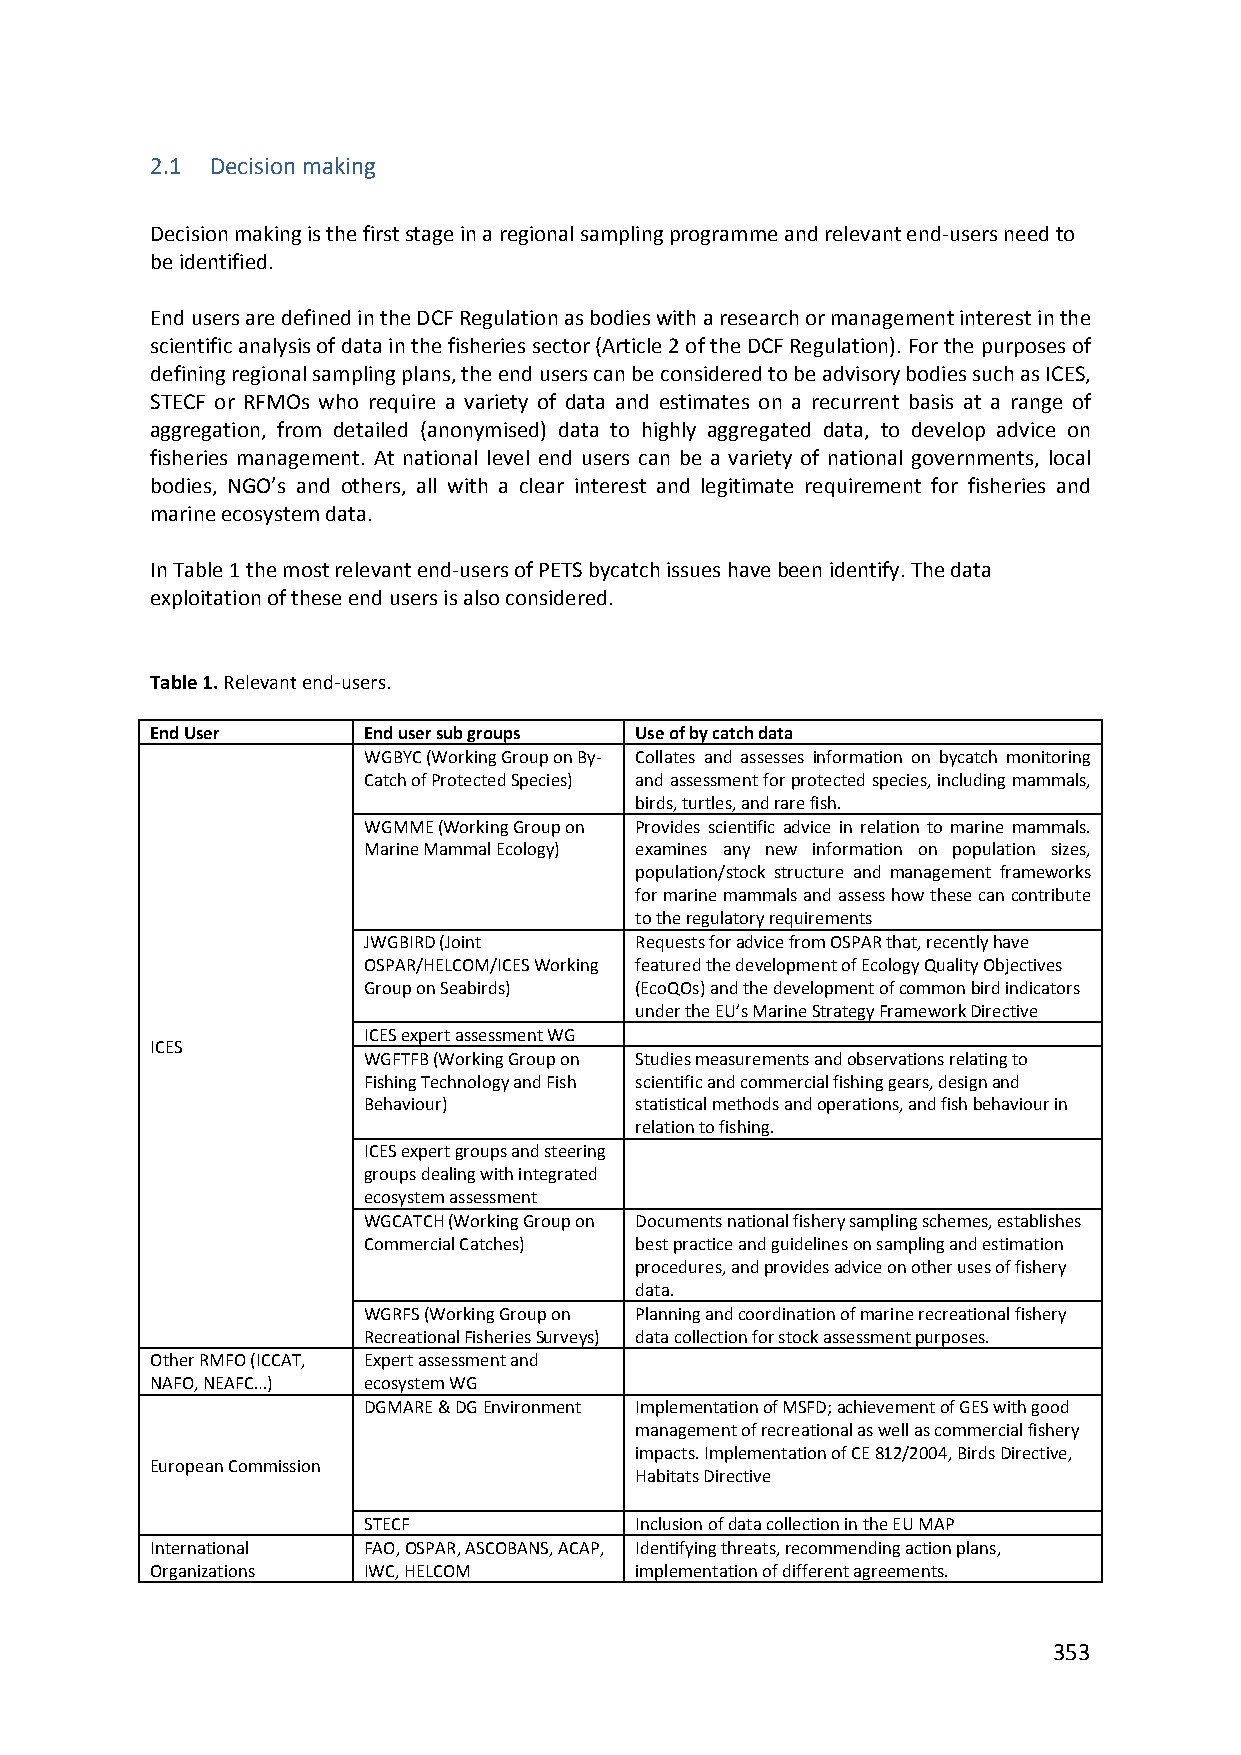
2.1 Decision making
 Decision making is the first stage in a regional sampling programme and relevant end‐users need to
 be identified.
 End users are defined in the DCF Regulation as bodies with a research or management interest in the
 scientific analysis of data in the fisheries sector (Article 2 of the DCF Regulation). For the purposes of
 defining regional sampling plans, the end users can be considered to be advisory bodies such as ICES,
 STECF or RFMOs who require a variety of data and estimates on a recurrent basis at a range of
 aggregation, from detailed (anonymised) data to highly aggregated data, to develop advice on
 fisheries management. At national level end users can be a variety of national governments, local
 bodies, NGO’s and others, all with a clear interest and legitimate requirement for fisheries and
 marine ecosystem data.
 In Table 1 the most relevant end‐users of PETS bycatch issues have been identify. The data
 exploitation of these end users is also considered.
 Table 1. Relevant end‐users.
 End User      End user sub groups Use of by catch data
 WGBYC (Working Group on By‐ Collates and assesses information on bycatch monitoring
 Catch of Protected Species) and assessment for protected species, including mammals,
 birds, turtles, and rare fish.
 WGMME (Working Group on Provides scientific advice in relation to marine mammals.
 Marine Mammal Ecology) examines any new information on population sizes,
 population/stock structure and management frameworks
 for marine mammals and assess how these can contribute
 to the regulatory requirements
 JWGBIRD (Joint    Requests for advice from OSPAR that, recently have
 OSPAR/HELCOM/ICES Working featured the development of Ecology Quality Objectives
 Group on Seabirds) (EcoQOs) and the development of common bird indicators
 under the EU’s Marine Strategy Framework Directive
 ICES expert assessment WG
 ICES
 WGFTFB (Working Group on Studies measurements and observations relating to
 Fishing Technology and Fish scientific and commercial fishing gears, design and
 Behaviour)        statistical methods and operations, and fish behaviour in
 relation to fishing.
 ICES expert groups and steering
 groups dealing with integrated
 ecosystem assessment
 WGCATCH (Working Group on Documents national fishery sampling schemes, establishes
 Commercial Catches) best practice and guidelines on sampling and estimation
 procedures, and provides advice on other uses of fishery
 data.
 WGRFS (Working Group on Planning and coordination of marine recreational fishery
 Recreational Fisheries Surveys) data collection for stock assessment purposes.
 Other RMFO (ICCAT, Expert assessment and
 NAFO, NEAFC…) ecosystem WG
 DGMARE & DG Environment Implementation of MSFD; achievement of GES with good
 management of recreational as well as commercial fishery
 impacts. Implementation of CE 812/2004, Birds Directive,
 European Commission
 Habitats Directive
 STECF             Inclusion of data collection in the EU MAP
 International FAO, OSPAR, ASCOBANS, ACAP, Identifying threats, recommending action plans,
 Organizations IWC, HELCOM       implementation of different agreements.
 353